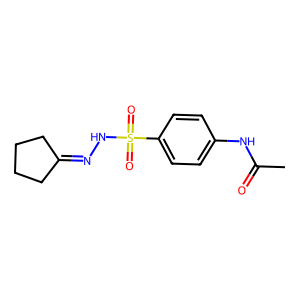
SMILES: CC(=O)Nc1ccc(S(=O)(=O)NN=C2CCCC2)cc1
Inhibits HIV replication: No